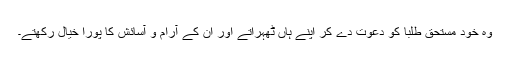
وہ خود مستحق طلبا کو دعوت دے کر اپنے ہاں ٹھہراتے اور ان کے آرام و آسائش کا پورا خیال رکھتے۔